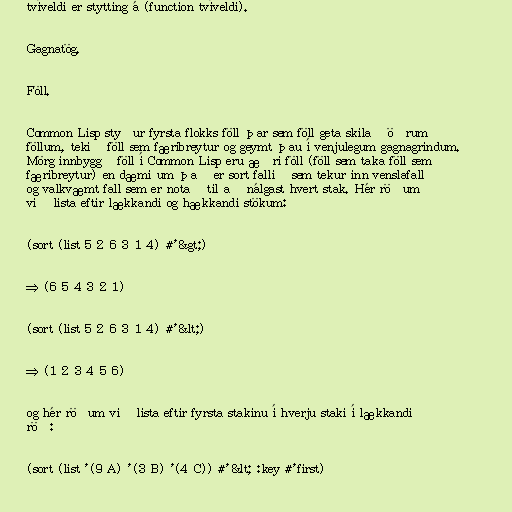
tvíveldi er stytting á (function tvíveldi).

Gagnatög.

Föll.

Common Lisp styður fyrsta flokks föll þar sem föll geta skilað öðrum
föllum, tekið föll sem færibreytur og geymt þau í venjulegum gagnagrindum.
Mörg innbyggð föll í Common Lisp eru æðri föll (föll sem taka föll sem
færibreytur) en dæmi um það er sort fallið sem tekur inn venslafall
og valkvæmt fall sem er notað til að nálgast hvert stak. Hér röðum
við lista eftir lækkandi og hækkandi stökum:

(sort (list 5 2 6 3 1 4) #'&gt;)

⇒ (6 5 4 3 2 1)

(sort (list 5 2 6 3 1 4) #'&lt;)

⇒ (1 2 3 4 5 6)

og hér röðum við lista eftir fyrsta stakinu í hverju staki í lækkandi
röð:

(sort (list '(9 A) '(3 B) '(4 C)) #'&lt; :key #'first)